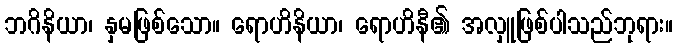
ဘဂိနိယာ၊ နှမဖြစ်သော။ ရောဟိနိယာ၊ ရောဟိနီ၏ အလှူဖြစ်ပါသည်ဘုရား။